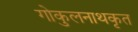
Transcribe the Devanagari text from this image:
गोकुलनाथकृत